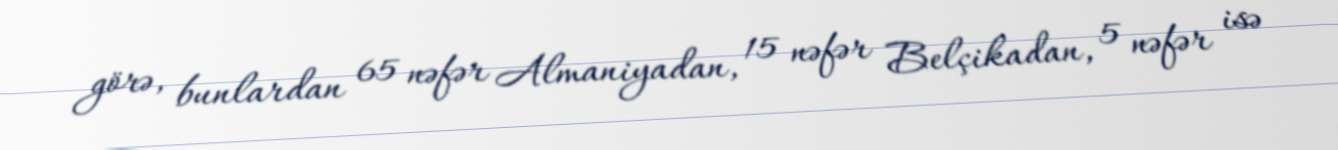
görə, bunlardan 65 nəfər Almaniyadan, 15 nəfər Belçikadan, 5 nəfər isə